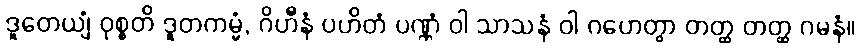
ဒူတေယျံ ဝုစ္စတိ ဒူတကမ္မံ, ဂိဟီနံ ပဟိတံ ပဏ္ဏံ ဝါ သာသနံ ဝါ ဂဟေတွာ တတ္ထ တတ္ထ ဂမနံ။